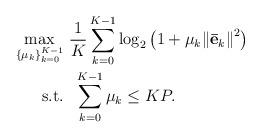
LaTeX: \begin{align*} \begin{aligned} \mathop {\max }\limits_{\{ {\mu}_k\} _{k = 0}^{K - 1} } & \ \frac{1}{{K}}\sum\limits_{k = 0}^{K - 1} {{{\log }_2}} \left( {1 + {\mu _k}{{\left\| {{{{\bf{\bar e}}}_k}} \right\|}^2}} \right)\\ {\rm{s.t.}} &\ \ \sum\limits_{k = 0}^{K - 1} {{\mu _k}} \le KP. \end{aligned} \end{align*}